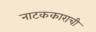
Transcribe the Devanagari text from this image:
नाटककाराची